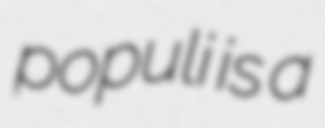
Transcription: populi is a